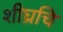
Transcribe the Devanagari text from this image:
शीघ्रचि